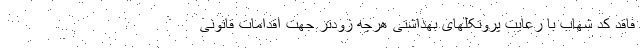
فاقد کد شهاب با رعایت پروتکلهای بهداشتی هرچه زودتر جهت اقدامات قانونی